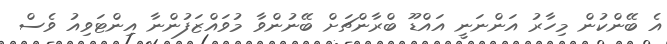
އެ ބޭންކުން މިހާރު އަންނަނީ އައްޑޫ ބްރާންޗަށް ބޭނުންވާ މުވައްޒަފުންނާ އިންޓަވިއު ވެސް